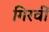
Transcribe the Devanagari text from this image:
गिरवीं